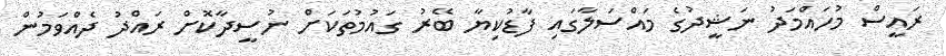
ރައީސް މުހައްމަދު ނަޝީދުގެ މައްސަލާގައި ފާޑުކިޔާ ބޭރު ގައުމުތަކަށް ނުސީދާކޮށް ރައްދު ދެއްވަމުން